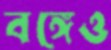
বঙ্গেও